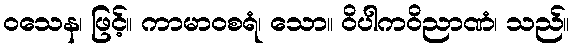
ဝသေန၊ ဖြင့်။ ကာမာဝစရံ၊ သော။ ဝိပါကဝိညာဏံ၊ သည်။